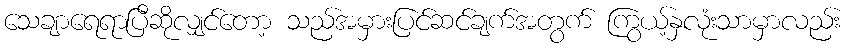
သေချာရေရာပြီဆိုလျှင်တော့ သည်အမှားပြင်ဆင်ချက်အတွက် ကြွယ့်နှလုံးသာမှာလည်း